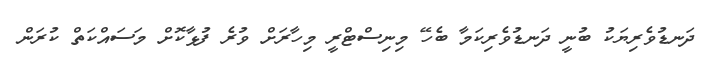
ދަނޑުވެރިޔަކު ބުނީ ދަނޑުވެރިކަމާ ބެހޭ މިނިސްޓްރީ މިހާރަށް ވުރެ ފުޅާކޮށް މަސައްކަތް ކުރަން